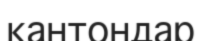
кантондар